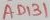
Text: AD131